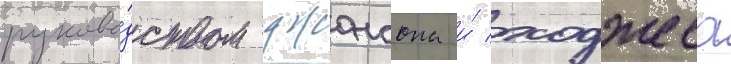
руково́дством джонсона и́ ходжеса